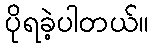
ပိုရခဲ့ပါတယ်။